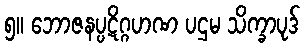
၅။ ဘောဇနပ္ပဋိဂ္ဂဟဏ ပဌမ သိက္ခာပုဒ်